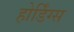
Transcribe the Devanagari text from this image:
होर्डिंग्स